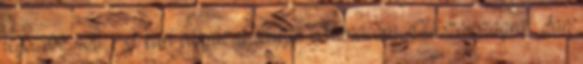
legszebb nőit. A kiírt pályázat csupán Monacóra, Olaszországra, San